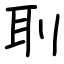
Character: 刵